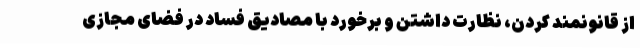
از قانونمند کردن، نظارت‌ داشتن و برخورد با مصادیق فساد در فضای مجازی